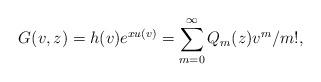
LaTeX: \begin{align*}G(v,z) = h(v)e^{xu(v)}=\sum_{m=0}^\infty Q_m(z)v^m/m!,\end{align*}